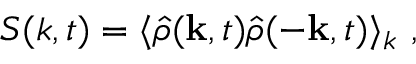
S ( k , t ) = \langle \hat { \rho } ( \mathbf { k } , t ) \hat { \rho } ( - \mathbf { k } , t ) \rangle _ { k } \ ,